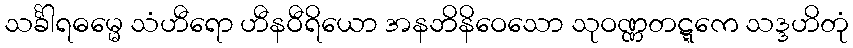
သင်္ခါရဓမ္မေ သံဟီရော ဟီနဝီရိယော အနဘိနိဝေသော သုဝဏ္ဏတဋ္ဋကေ သဒ္ဒဟိတုံ